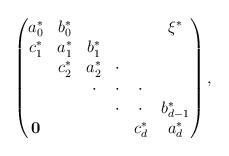
LaTeX: \begin{align*}\begin{pmatrix}a^*_0 & b^*_0& & & & \xi^*\\c^*_1 & a^*_1& b^*_1 & & & \\& c^*_2 & a^*_2& \cdot & & \\& & \cdot & \cdot & \cdot & \\& & & \cdot & \cdot & b^*_{d-1} \\\mathbf{0} & & & & c^*_d & a^*_d \\\end{pmatrix},\end{align*}